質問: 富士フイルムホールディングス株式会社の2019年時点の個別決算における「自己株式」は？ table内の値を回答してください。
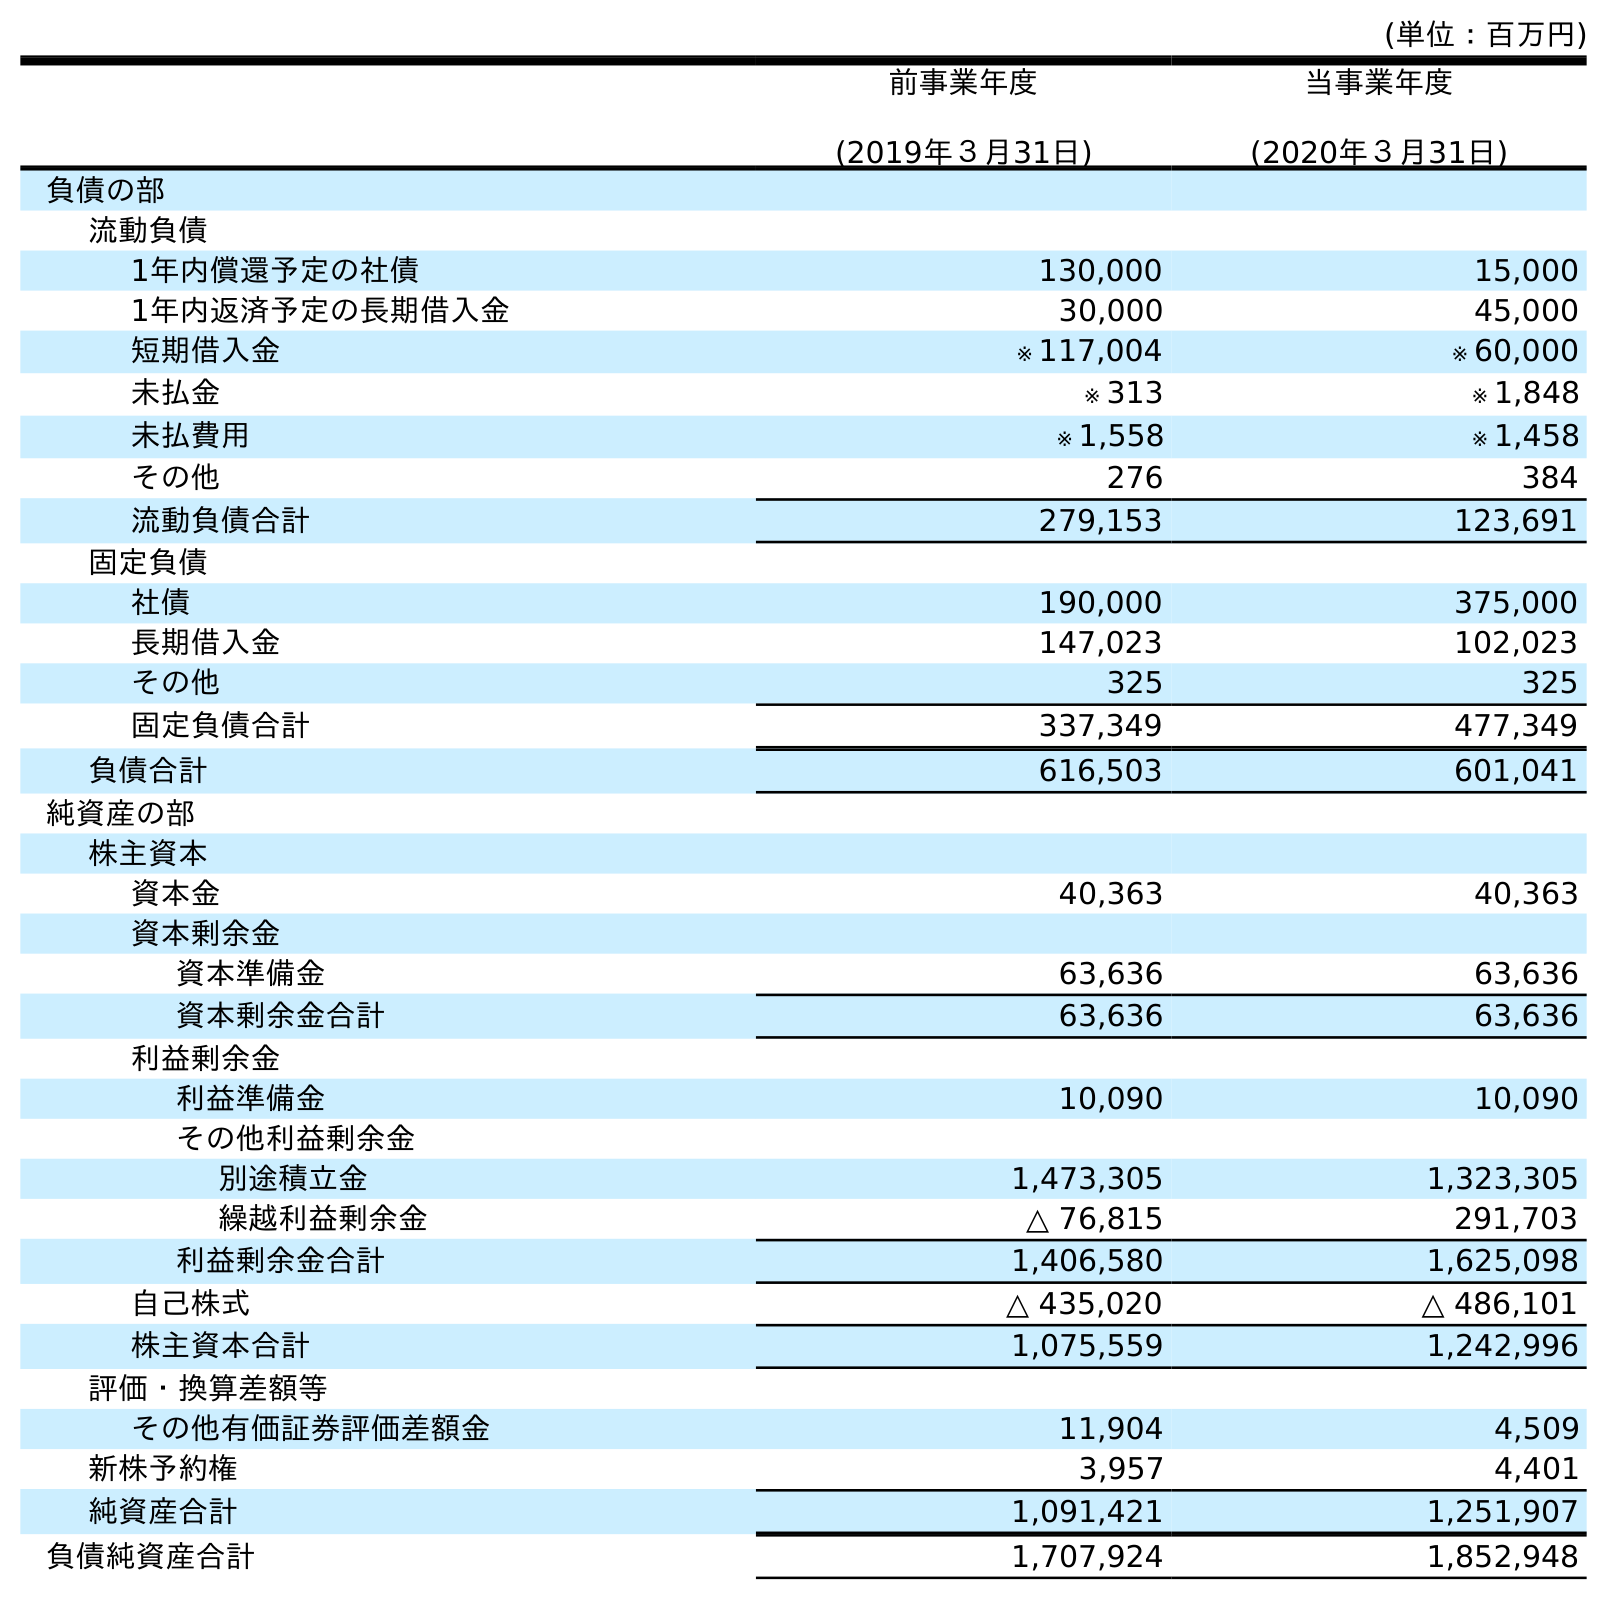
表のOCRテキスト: (単位：百万円) 前事業年度 (2019年３月31日) 当事業年度 (2020年３月31日) 負債の部 流動負債 1年内償還予定の社債 130,000 15,000 1年内返済予定の長期借入金 30,000 45,000 短期借入金 ※ 117,004 ※ 60,000 未払金 ※ 313 ※ 1,848 未払費用 ※ 1,558 ※ 1,458 その他 276 384 流動負債合計 279,153 123,691 固定負債 社債 190,000 375,000 長期借入金 147,023 102,023 その他 325 325 固定負債合計 337,349 477,349 負債合計 616,503 601,041 純資産の部 株主資本 資本金 40,363 40,363 資本剰余金 資本準備金 63,636 63,636 資本剰余金合計 63,636 63,636 利益剰余金 利益準備金 10,090 10,090 その他利益剰余金 別途積立金 1,473,305 1,323,305 繰越利益剰余金 △ 76,815 291,703 利益剰余金合計 1,406,580 1,625,098 自己株式 △ 435,020 △ 486,101 株主資本合計 1,075,559 1,242,996 評価・換算差額等 その他有価証券評価差額金 11,904 4,509 新株予約権 3,957 4,401 純資産合計 1,091,421 1,251,907 負債純資産合計 1,707,924 1,852,948
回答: △435,020